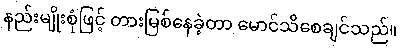
နည်းမျိုးစုံဖြင့် တားမြစ်နေခဲ့တာ မောင်သိစေချင်သည်။